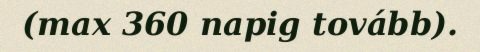
(max 360 napig tovább).